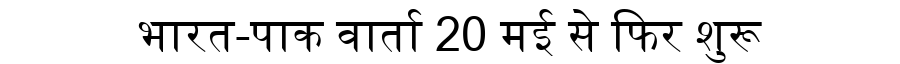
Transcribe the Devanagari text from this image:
भारत-पाक वार्ता 20 मई से फिर शुरू